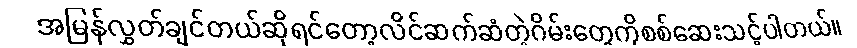
အမြန်လွှတ်ချင်တယ်ဆိုရင်တော့လိင်ဆက်ဆံတဲ့ဂိမ်းတွေကိုစစ်ဆေးသင့်ပါတယ်။